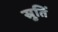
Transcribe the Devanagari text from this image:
स्रुतिं